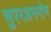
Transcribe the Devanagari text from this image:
सुपरअननोन